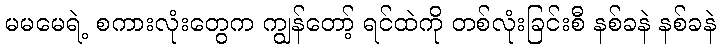
မမမေရဲ့ စကားလုံးတွေက ကျွန်တော့် ရင်ထဲကို တစ်လုံးခြင်းစီ နစ်ခနဲ နစ်ခနဲ